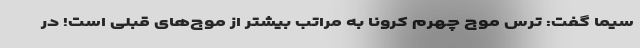
سیما گفت: ترس موج چهرم کرونا به مراتب بیشتر از موج‌های قبلی است! در